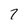
Character: 7